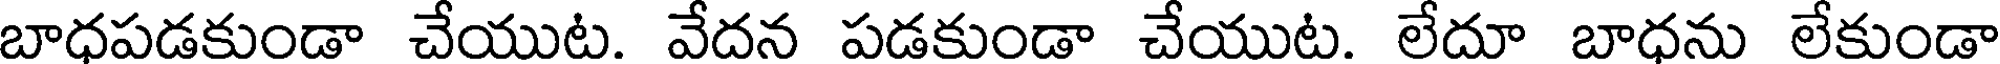
బాధపడకుండా చేయుట. వేదన పడకుండా చేయుట. లేదూ బాధను లేకుండా